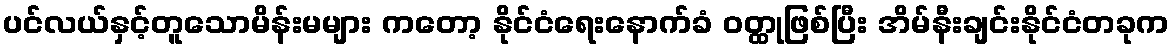
ပင်လယ်နှင့်တူသောမိန်းမများ ကတော့ နိုင်ငံရေးနောက်ခံ ဝတ္ထုဖြစ်ပြီး အိမ်နီးချင်းနိုင်ငံတခုက